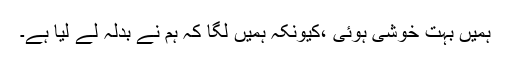
ہمیں بہت خوشی ہوئی ،کیونکہ ہمیں لگا کہ ہم نے بدلہ لے لیا ہے۔